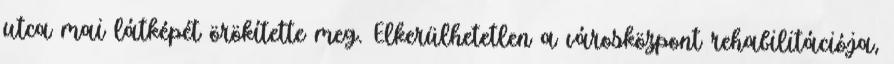
utca mai látképét örökítette meg. Elkerülhetetlen a városközpont rehabilitációja,